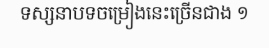
ទស្សនាបទចម្រៀងនេះច្រើនជាង ១